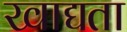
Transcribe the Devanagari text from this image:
खाद्यता